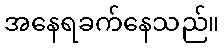
အနေရခက်နေသည်။